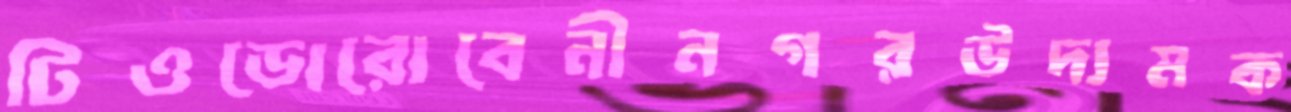
টিওডোরোবেনীনগরউদ্যমক